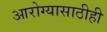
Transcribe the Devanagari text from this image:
आरोग्यासाठीही